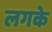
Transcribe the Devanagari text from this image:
लगके